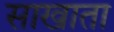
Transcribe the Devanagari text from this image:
साखाता